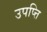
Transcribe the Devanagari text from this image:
उपप्त्ति